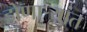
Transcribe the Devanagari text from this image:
होणार्‍यांत